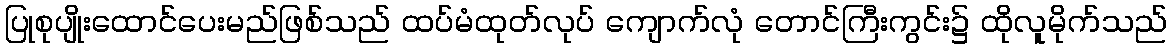
ပြုစုပျိုးထောင်ပေးမည်ဖြစ်သည် ထပ်မံထုတ်လုပ် ကျောက်လုံ တောင်ကြီးကွင်း၌ ထိုလူမိုက်သည်